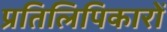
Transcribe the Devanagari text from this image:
प्रतिलिपिकारों